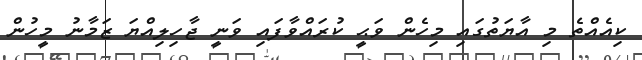
ކިއެއްތެ މި އާޔަތުގައި މިހެން ވަޙީ ކުރައްވާފައި ވަނީ ޖާހިލިއްޔަ ޒަމާނު މީހުން